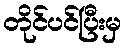
တိုင်ပင်ပြီးမှ